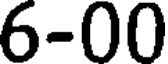
6-00